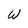
Character: W